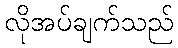
လိုအပ်ချက်သည်